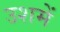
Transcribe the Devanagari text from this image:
उशमें